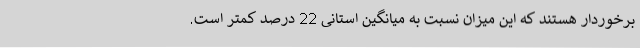
برخوردار هستند که این میزان نسبت به میانگین استانی 22 درصد کمتر است.